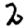
Digit: 2